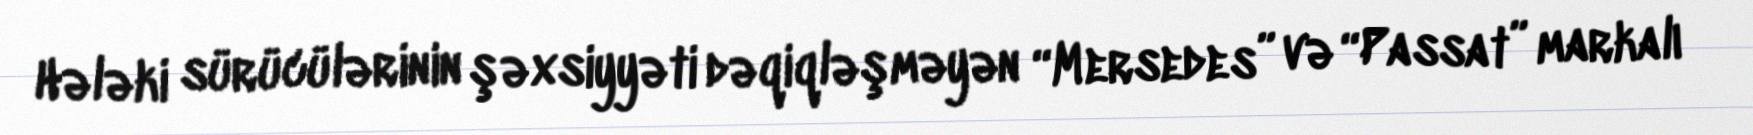
Hələki sürücülərinin şəxsiyyəti dəqiqləşməyən “Mersedes” və “Passat” markalı